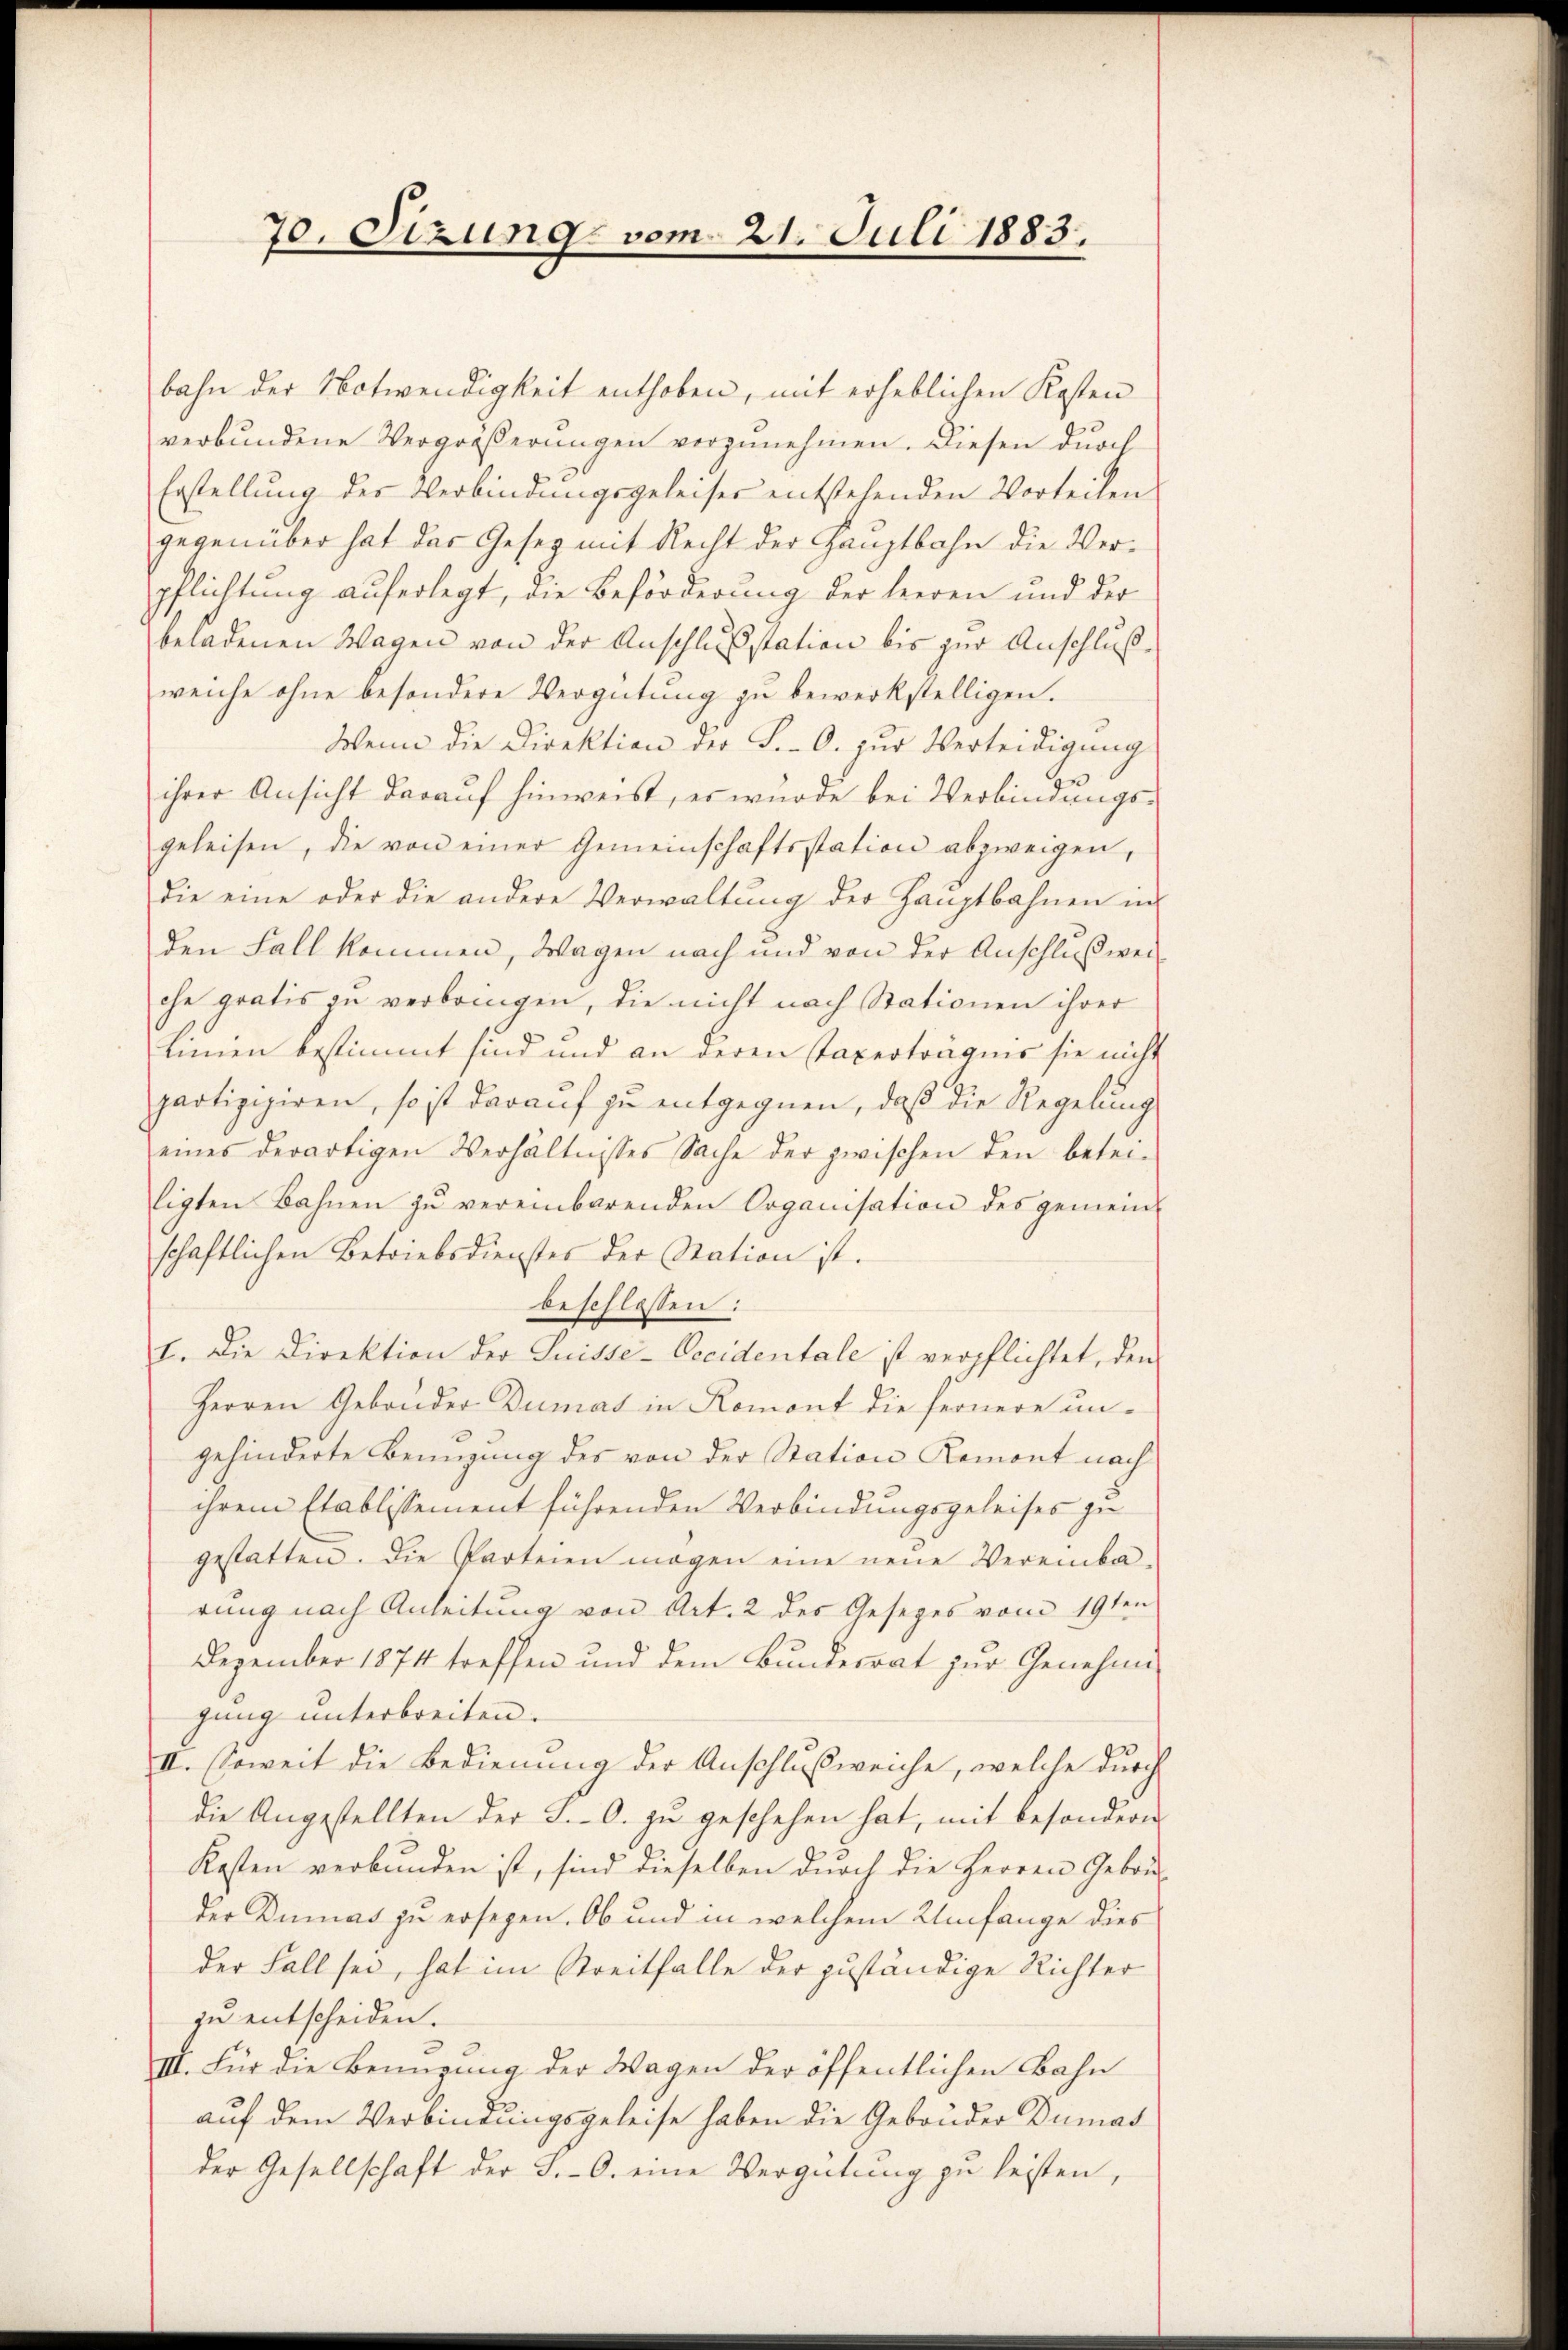
70. Sizung vom 21. Juli 1883.

bahn der Notwendigkeit enthoben, mit erheblichen Kosten
verbundene Vergrößerungen vorzunehmen. Diesen durch
Erstellung des Verbindungsgeleiser entstehenden Vorteilen
gegenüber hat das Gesez mit Recht der Hauptbahn die Verpflichtung auferlegt, die Beförderung der leeren und der
beladenen Wagen von der Anschlußstation bis zur Anschlußweiche ohne besondere Vergütung zu bewerkstelligen.
Wenn die Direktion der S.-O. zŭr Verteidigung
ihrer Ansicht darauf hinweist, es wurde bei Verbindungsgeleisen, die von einer Gemeinschaftsstation abzweigen,
die eine oder die andere Verwaltŭng der Haŭptbahnen in
den Fall kommen, Wagen nach und von der Anschluß weiche gratis zu verbringen, die nicht nach Stationen ihrer
Linien bestimmt sind und an deren Taxerträgnis sie nicht
partizipiren, so ist darauf zu entgegnen, daß die Regelung
eines derartigen Verhältnisses Sache der zwischen den betei-
ligten Bahnen zŭ vereinbarenden Organisation des gemein-
schaftlichen Betriebsdienstes der Station ist.
beschlossen:
I. Die Direktion der Suisse-Cocidentale ist verpflichtet, den
Herren Gebonder Dumas in Romont die fernere ungehinderte Bemügung des von der Station Remont nach
ihrem Etablissement führenden Verbindungsgeleises zu
gestatten. Die Parteien mögen eine neue Vereinba-
rung nach Anleitung von Art. 2 des Gesezes vom 19ten
Dezember 1874 treffen und dem Bundesrat zur Genehmigung unterbreiten.
II. Soweit die Bedienung der Anschlußweiche, welche durch
die Angestellten der S.-O. zu geschehen hat, mit besondern
Kosten verbunden ist, sind dieselben durch die Herren Gebäu-
der Dumas zu ersehen. Ob und in welchem Umfange dies
der Fall sei, hat im Streitfalle der zuständige Richter
zu entscheiden.
III. Für die Benuzung der Wagen der öffentlichen Bahn
auf dem Verbindungsgeleise haben die Gebrüder Dumas
der Gesellschaft der S.-O. eine Vergütung zu leisten,